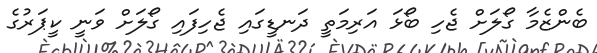
ބެންޒެމާ ގޯލަށް ޖެހި ބޯޅަ އަރިމަތީ ދަނޑީގައި ޖެހިފައި ގޯލަށް ވަނީ ކީޕަރުގެ